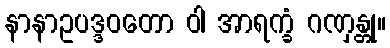
နာနာဥပဒ္ဒဝတော ဝါ အာရက္ခံ ဂဏှန္တု။